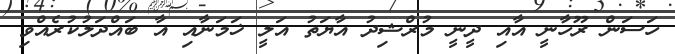
ހަސަން ރޫހާނީ އާއި ދީނީ މުރްޝިދު އާޔަތު އަލީ ޚަމަނާއި އާ ބައްދަލުކުރެއްވި